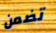
تضمن